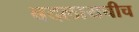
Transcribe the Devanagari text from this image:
बदलायचीच